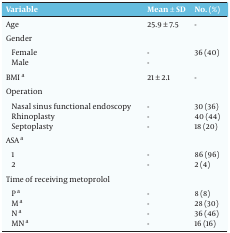
<table><thead><tr><td><b>Variable</b></td><td><b>Mean ± SD</b></td><td><b>No. (%)</b></td></tr></thead><tbody><tr><td>Age</td><td>25.9 ± 7.5</td><td>-</td></tr><tr><td>Gender</td><td></td><td></td></tr><tr><td>Female</td><td>-</td><td>36 (40)</td></tr><tr><td>Male</td><td>-</td><td></td></tr><tr><td>BMI <sup>a</sup></td><td>21 ± 2.1</td><td>-</td></tr><tr><td>Operation</td><td></td><td></td></tr><tr><td>Nasal sinus functional endoscopy</td><td>-</td><td>30 (36)</td></tr><tr><td>Rhinoplasty</td><td>-</td><td>40 (44)</td></tr><tr><td>Septoplasty</td><td>-</td><td>18 (20)</td></tr><tr><td>ASA <sup>a</sup></td><td></td><td></td></tr><tr><td>1</td><td>-</td><td>86 (96)</td></tr><tr><td>2</td><td>-</td><td>2 (4)</td></tr><tr><td>Time of receiving metoprolol</td><td></td><td></td></tr><tr><td>P <sup>a</sup></td><td>-</td><td>8 (8)</td></tr><tr><td>M <sup>a</sup></td><td>-</td><td>28 (30)</td></tr><tr><td>N <sup>a</sup></td><td>-</td><td>36 (46)</td></tr><tr><td>MN <sup>a</sup></td><td>-</td><td>16 (16)</td></tr></tbody></table>